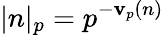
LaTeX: |n|_{p}=p^{-\mathbf{v}_{p}(n)}